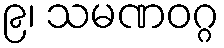
၉၊ သမဏဝဂ္ဂ